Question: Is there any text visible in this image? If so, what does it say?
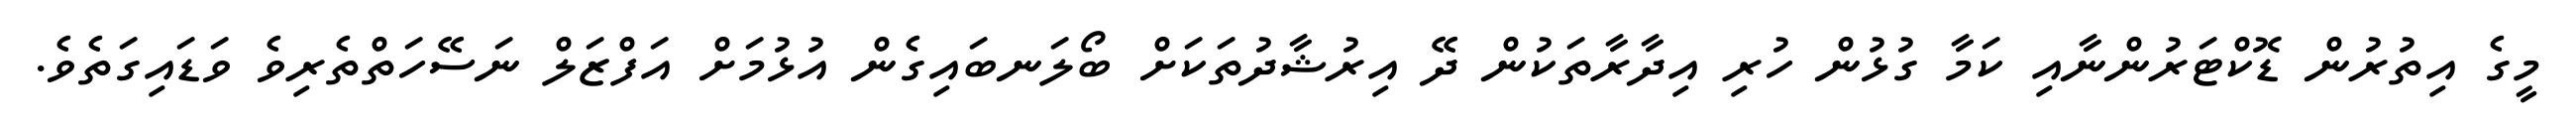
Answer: މީގެ އިތުރުން ޑޮކްޓަރުންނާއި ކަމާ ގުޅުން ހުރި އިދާރާތަކުން ދޭ އިރުޝާދުތަކަށް ބޯލަނބައިގެން އުޅުމަށް އަފްޒަލް ނަސޭހަތްތެރިވެ ވަޑައިގަތެވެ.